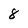
Character: 8